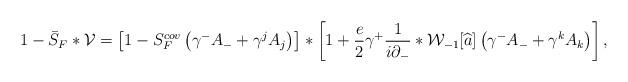
LaTeX: \begin{align*}1 - \bar{S}_{F} \ast {\cal V} = \left[1 - S^{cov}_F\left(\gamma^{-} {A}_{-} + \gamma^{j} {A}_{j}\right) \right]\ast \left[1 + \frac{e}{2} \gamma^{+} \frac{1}{i \partial_{-}} \ast{\cal W}_{-1}[\widehat{a}] \left(\gamma^{-} {A}_{-} +\gamma^{k} {A}_{k}\right)\right],\end{align*}